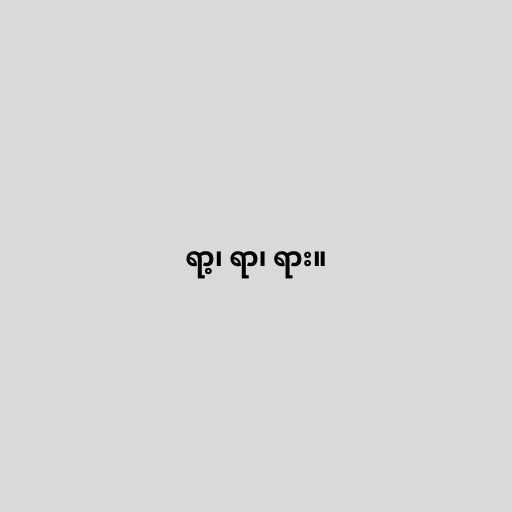
ရာ့၊ ရာ၊ ရား။